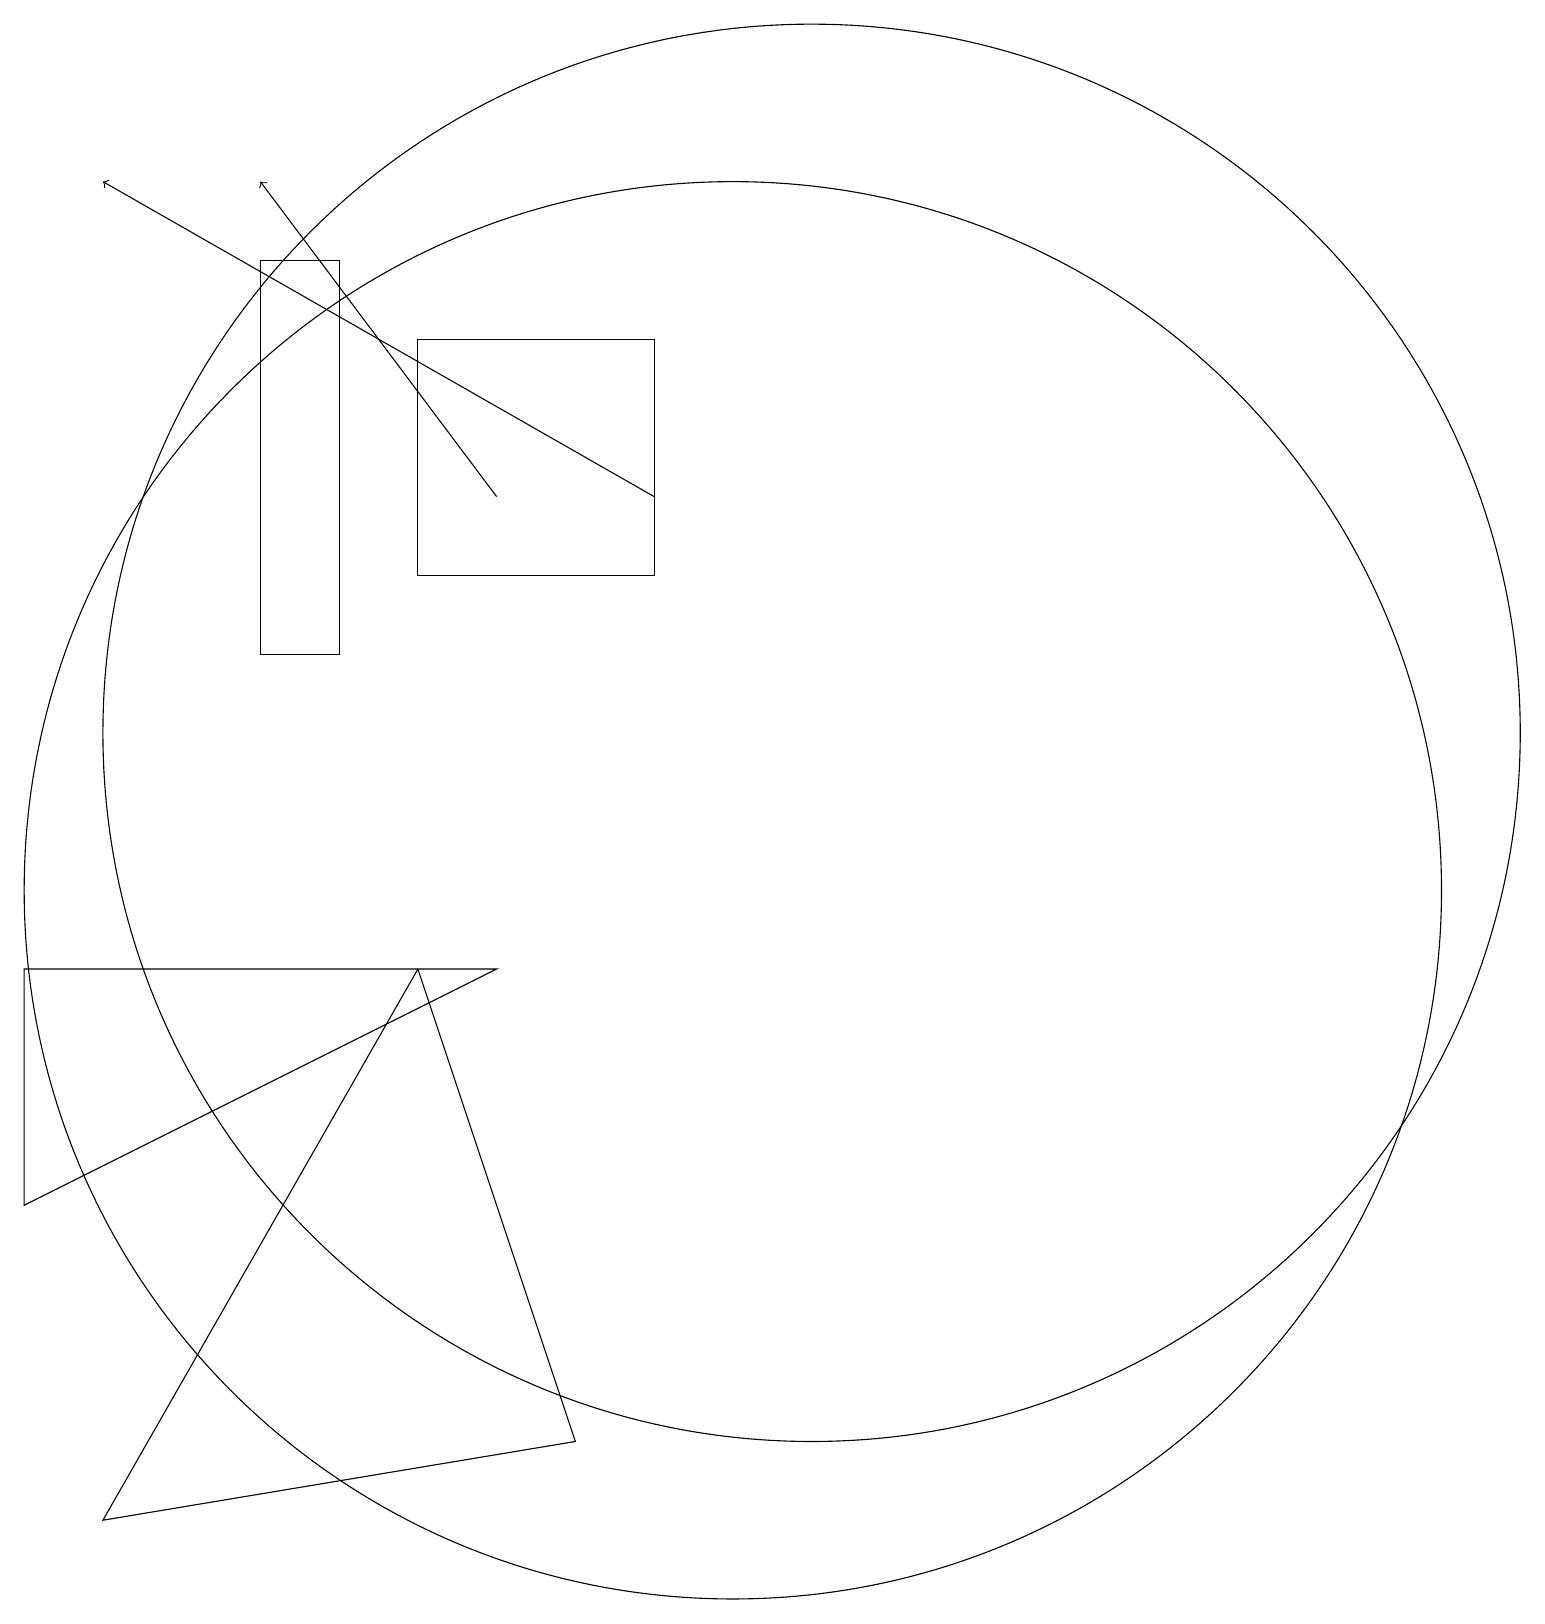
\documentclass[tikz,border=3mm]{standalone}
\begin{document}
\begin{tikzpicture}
\draw (10,10) circle (9);
\draw (1,9) -- (1,6) -- (7,9) -- cycle;
\draw[->] (9,15) -- (2,19);
\draw (11,12) circle (9);
\draw (4,18) rectangle (5,13);
\draw (8,3) -- (2,2) -- (6,9) -- cycle;
\draw[->] (7,15) -- (4,19);
\draw (9,17) rectangle (6,14);
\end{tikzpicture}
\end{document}